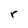
Character: r